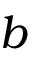
b